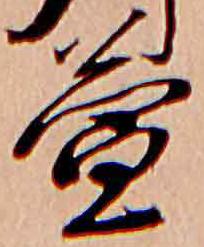
萱